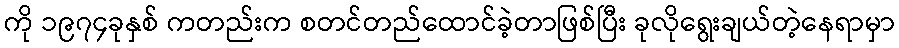
ကို ၁၉၇၄ခုနှစ် ကတည်းက စတင်တည်ထောင်ခဲ့တာဖြစ်ပြီး ခုလိုရွေးချယ်တဲ့နေရာမှာ